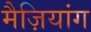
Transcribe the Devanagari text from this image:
मैज़ियांग